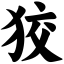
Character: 狡